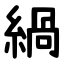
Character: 緺